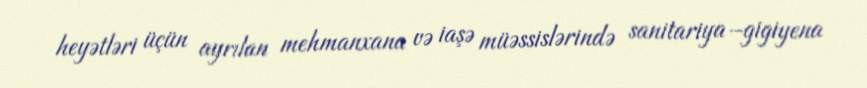
heyətləri üçün ayrılan mehmanxana və iaşə müəssislərində sanitariya–gigiyena